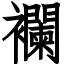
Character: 襴